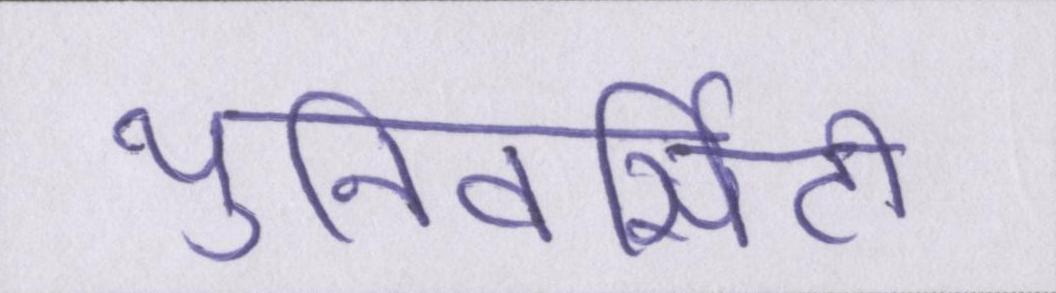
युनिवर्सिटी